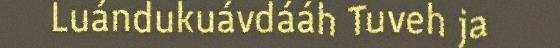
Luándukuávdááh Tuveh ja